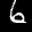
Label: 6